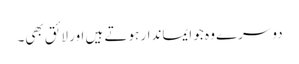
دوسرے وہ جو ایماندار ہوتے ہیں اور لائق بھی۔